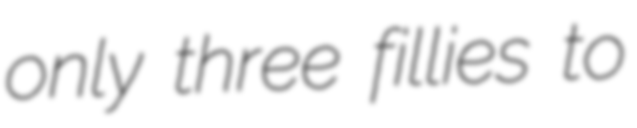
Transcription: only three fillies to